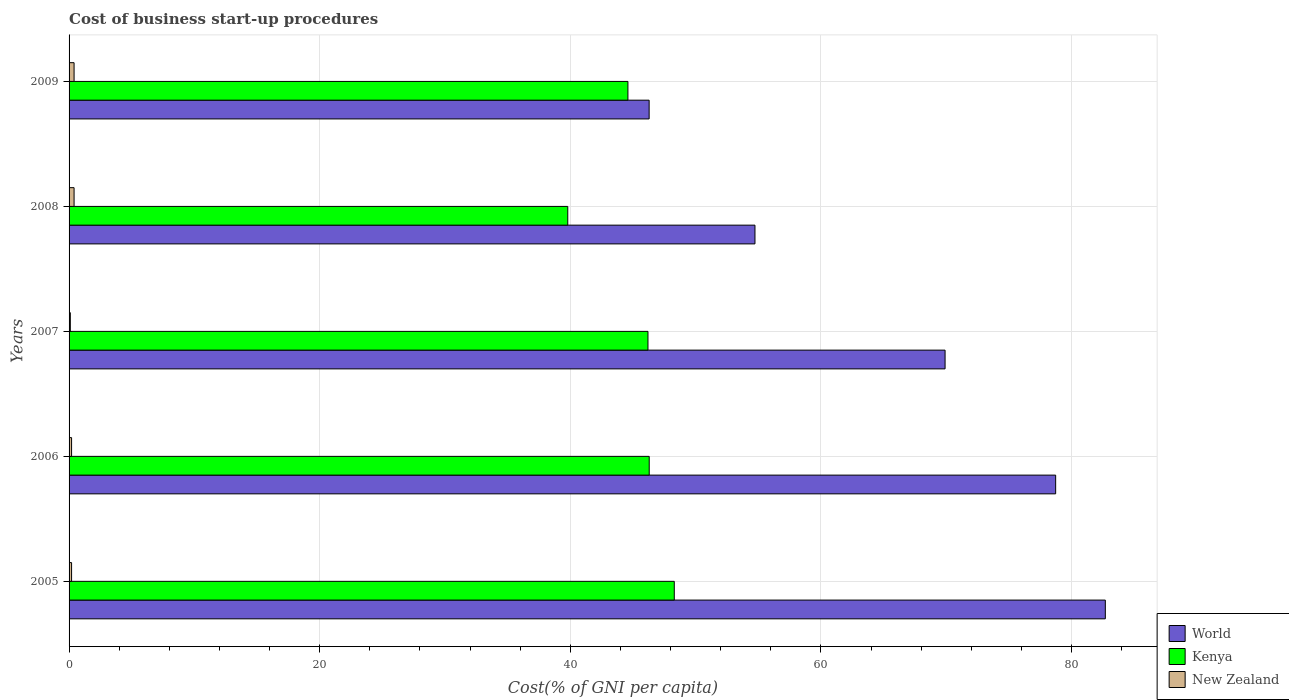
| Years | World | Kenya | New Zealand |
 | --- | --- | --- | --- |
 | 2005 | 82.7 | 48.3 | 0.2 |
 | 2006 | 78.7 | 46.3 | 0.2 |
 | 2007 | 69.9 | 46.2 | 0.1 |
 | 2008 | 54.7 | 39.8 | 0.4 |
 | 2009 | 46.3 | 44.6 | 0.4 |